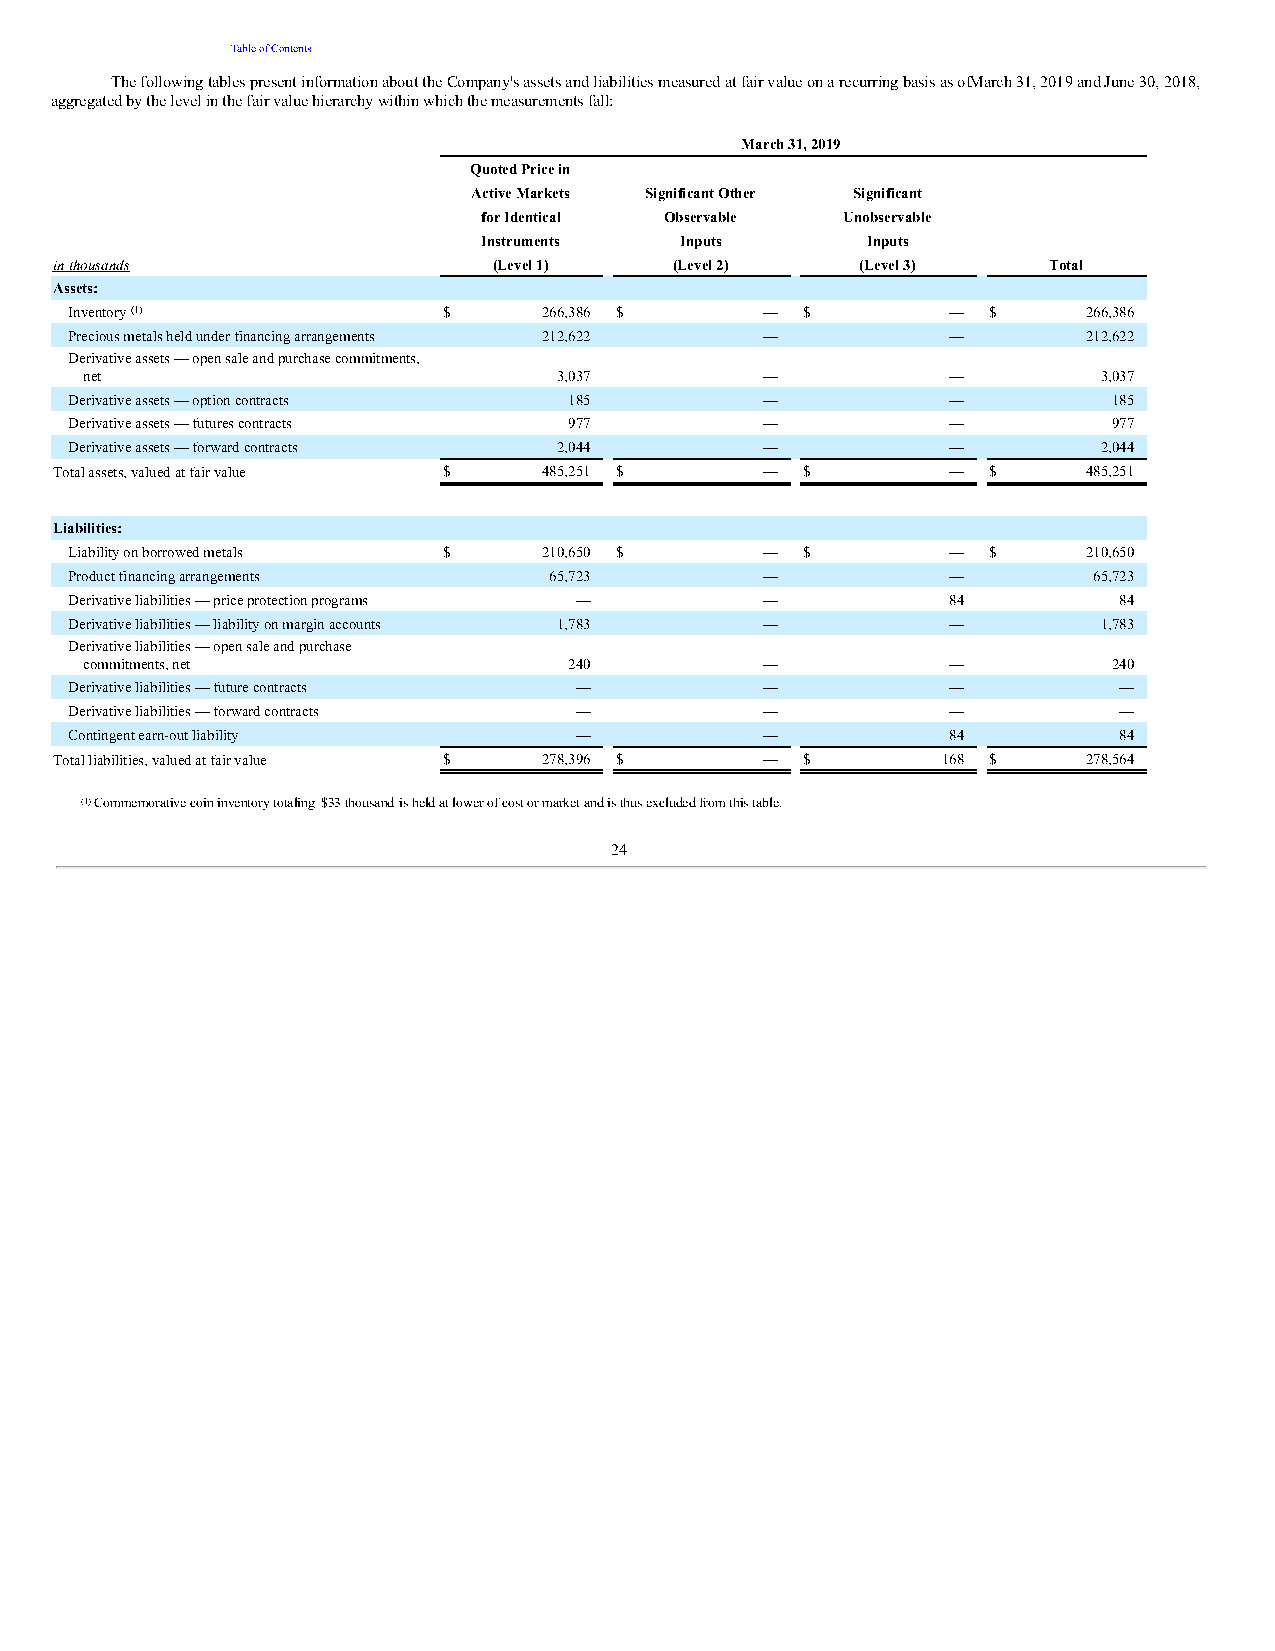
Table of Contents
 The following tables present information about the Company's assets and liabilities measured at fair value on a recurring basis as ofM arch 31, 2019 and June 30, 2018,
 aggregated by the level in the fair value hierarchy within which the measurements fall:
 March 31, 2019
 Quoted Price in
 Active Markets Significant Other Significant
 for Identical Observable Unobservable
 Instruments  Inputs      Inputs
 in thousands                 (Level 1)   (Level 2)   (Level 3)   Total
 Assets:
 Inventory (1)           $      266,386 $      — $         —  $     266,386
 Precious metals held under financing arrangements 212,622 — —      212,622
 Derivative assets — open sale and purchase commitments,
 net                            3,037         —           —         3,037
 Derivative assets — option contracts 185      —           —          185
 Derivative assets — futures contracts 977     —           —          977
 Derivative assets — forward contracts 2,044   —           —         2,044
 Total assets, valued at fair value $ 485,251 $ — $         —  $     485,251
 Liabilities:
 Liability on borrowed metals $ 210,650 $      — $         —  $     210,650
 Product financing arrangements 65,723         —           —        65,723
 Derivative liabilities — price protection programs — —    84         84
 Derivative liabilities — liability on margin accounts 1,783 — —     1,783
 Derivative liabilities — open sale and purchase
 commitments, net                240          —           —          240
 Derivative liabilities — future contracts —   —           —          —
 Derivative liabilities — forward contracts —  —           —          —
 Contingent earn-out liability    —            —           84         84
 Total liabilities, valued at fair value $ 278,396 $ — $   168 $     278,564
 ____________________
 (1) Commemorative coin inventory totaling $33 thousand is held at lower of cost or market and is thus excluded from this table.
 24